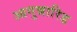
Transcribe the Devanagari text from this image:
आगुन्नारिड